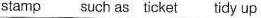
stamp such as ticket tidy up